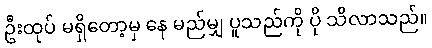
ဦးထုပ် မရှိတော့မှ နေ မည်မျှ ပူသည်ကို ပို သိလာသည်။